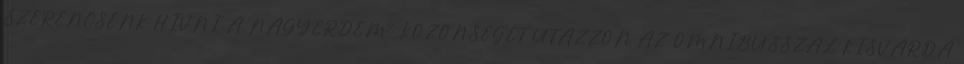
SZERENCSÉNK HÍVNI A NAGYÉRDEMŰ KÖZÖNSÉGET UTAZZON AZ OMNIBUSSZAL KISVÁRDA